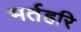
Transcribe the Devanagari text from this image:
भर्तहरि